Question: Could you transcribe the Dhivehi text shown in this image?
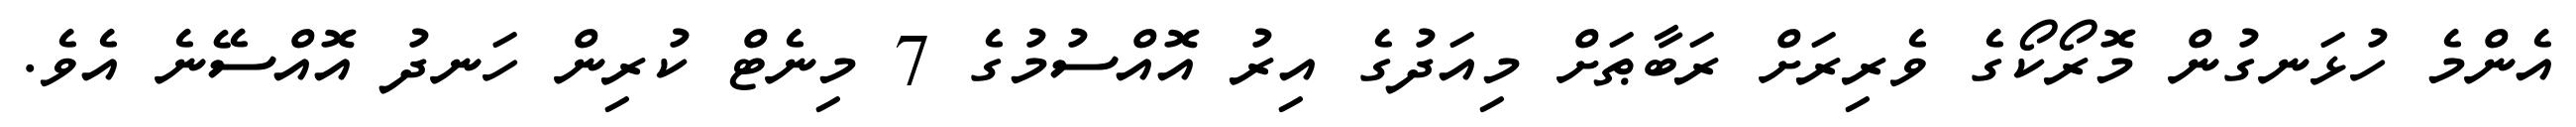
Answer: އެންމެ ހުޅަނގުން މޮރޯކޯގެ ވެރިރަށް ރަބާޠަށް މިއަދުގެ އިރު އޮއްސުމުގެ 7 މިނެޓް ކުރިން ހަނދު އޮއްސޭނެ އެވެ.